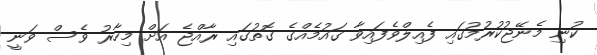
ކުނި މެނޭޖުކުރުމުގައި ފެއިލްވެފައިވާ ގައުމެއްގެ ގޮތުގައި ރާއްޖެ އަށް މިހާރު ވެސް ވަނީ